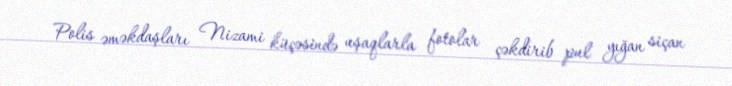
Polis əməkdaşları Nizami küçəsində uşaqlarla fotolar çəkdirib pul yığan siçan